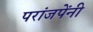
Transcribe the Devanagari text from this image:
परांजपेंनी